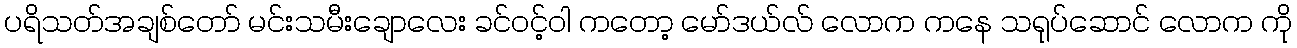
ပရိသတ်အချစ်တော် မင်းသမီးချောလေး ခင်ဝင့်ဝါ ကတော့ မော်ဒယ်လ် လောက ကနေ သရုပ်ဆောင် လောက ကို